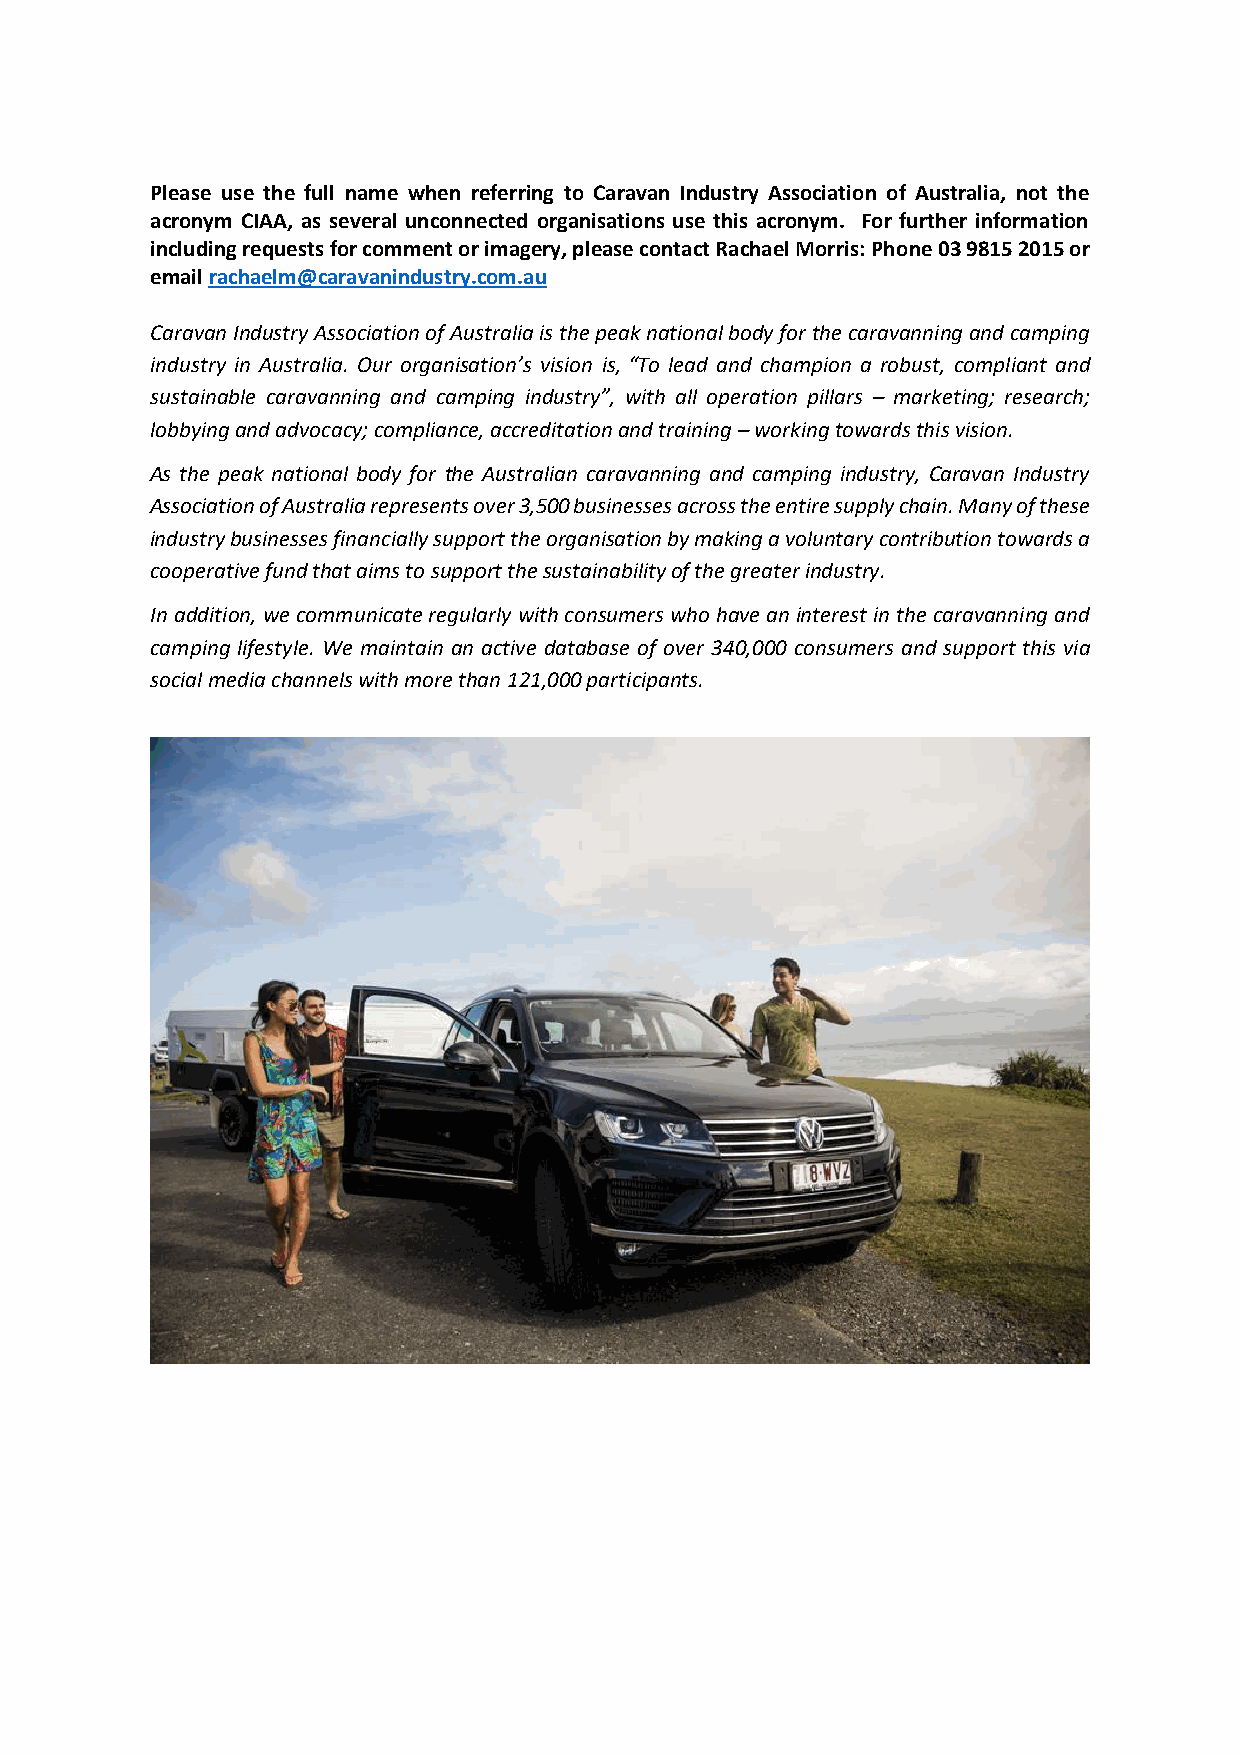
Please use the full name when referring to Caravan Industry Association of Australia, not the
 acronym CIAA, as several unconnected organisations use this acronym. For further information
 including requests for comment or imagery, please contact Rachael Morris: Phone 03 9815 2015 or
 email rachaelm@caravanindustry.com.au
 Caravan Industry Association of Australia is the peak national body for the caravanning and camping
 industry in Australia. Our organisation’s vision is, “To lead and champion a robust, compliant and
 sustainable caravanning and camping industry”, with all operation pillars – marketing; research;
 lobbying and advocacy; compliance, accreditation and training – working towards this vision.
 As the peak national body for the Australian caravanning and camping industry, Caravan Industry
 Association of Australia represents over 3,500 businesses across the entire supply chain. Many of these
 industry businesses financially support the organisation by making a voluntary contribution towards a
 cooperative fund that aims to support the sustainability of the greater industry.
 In addition, we communicate regularly with consumers who have an interest in the caravanning and
 camping lifestyle. We maintain an active database of over 340,000 consumers and support this via
 social media channels with more than 121,000 participants.